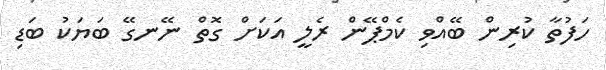
ހަފުތާ ކުރިން ބޭއްވި ކެމްޕޭން ރެލީ އަކަށް ގޮތް ނޭނގޭ ބަޔަކު ބަޑި